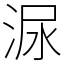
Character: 㳮